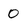
Character: 0